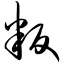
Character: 叛